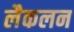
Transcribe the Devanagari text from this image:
लैकलन